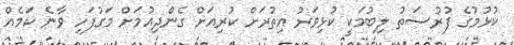
ކުޅުމުގެ ފުރުސަތު ލިބުމަކީ ކުޅިވަރު އިތުރަށް ކުރިއަށް ގެންދިއުމަށް މަގުފަހި ވާނެ ކަމެއް